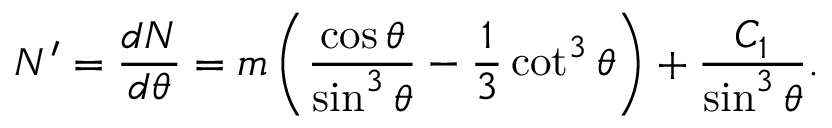
N ^ { \prime } = \frac { d N } { d \theta } = m \left( \frac { \cos \theta } { \sin ^ { 3 } \theta } - \frac 1 3 \cot ^ { 3 } \theta \right) + \frac { C _ { 1 } } { \sin ^ { 3 } \theta } .